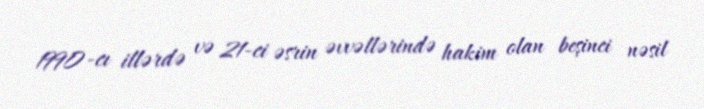
1990-cı illərdə və 21-ci əsrin əvvəllərində hakim olan beşinci nəsil